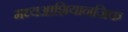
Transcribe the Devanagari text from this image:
मध्यआशियानजिक